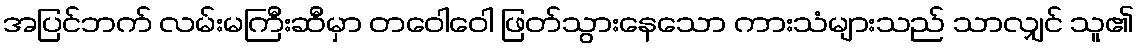
အပြင်ဘက် လမ်းမကြီးဆီမှာ တဝေါဝေါ ဖြတ်သွားနေသော ကားသံများသည် သာလျှင် သူ၏